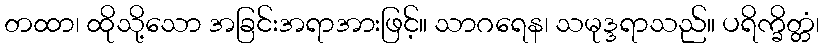
တထာ၊ ထိုသို့သော အခြင်းအရာအားဖြင့်။ သာဂရေန၊ သမုဒ္ဒရာသည်။ ပရိက္ခိတ္တံ၊